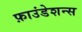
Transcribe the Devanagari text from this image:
फ़ाउंडेशन्स